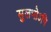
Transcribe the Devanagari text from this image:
सुलभोऽपि